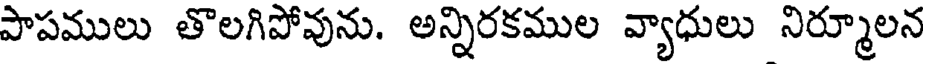
పాపములు తొలగిపోవును. అన్నిరకముల వ్యాధులు నిర్మూలన